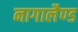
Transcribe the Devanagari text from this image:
नागालैण्‍ड